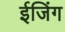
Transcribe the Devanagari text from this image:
ईजिंग